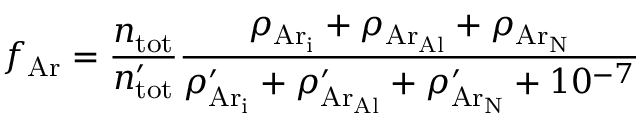
f _ { \mathrm { A r } } = \frac { n _ { \mathrm { t o t } } } { n _ { \mathrm { t o t } } ^ { \prime } } \frac { \rho _ { \mathrm { { A r } _ { i } } } + \rho _ { \mathrm { { A r } _ { A l } } } + \rho _ { \mathrm { { A r } _ { N } } } } { \rho _ { \mathrm { { A r } _ { i } } } ^ { \prime } + \rho _ { \mathrm { { A r } _ { A l } } } ^ { \prime } + \rho _ { \mathrm { { A r } _ { N } } } ^ { \prime } + 1 0 ^ { - 7 } }